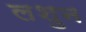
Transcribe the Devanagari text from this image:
लशुन